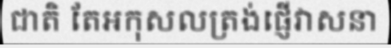
ជាតិ តែអកុសលត្រង់ផ្ញើវាសនា